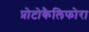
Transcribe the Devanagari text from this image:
प्रोटोकैलिफोरा